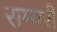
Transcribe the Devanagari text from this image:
राम्परी